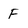
Character: F